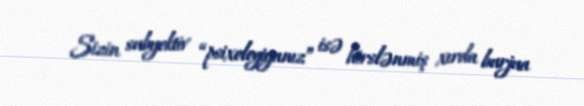
Sizin subyektiv “psixologiyanız” isə hirslənmiş xırda burjua